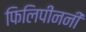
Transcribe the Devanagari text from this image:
फिलिपीननी